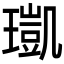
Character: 𤩑